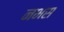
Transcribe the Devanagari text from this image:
नभस